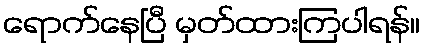
ရောက်နေပြီ မှတ်ထားကြပါရန်။